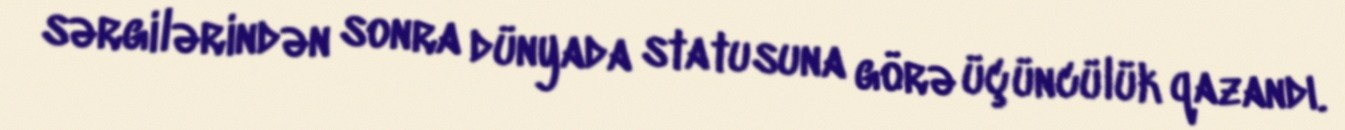
sərgilərindən sonra dünyada statusuna görə üçüncülük qazandı.